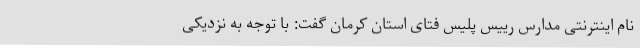
نام اینترنتی مدارس رییس پلیس فتای استان کرمان گفت: با توجه به نزدیکی